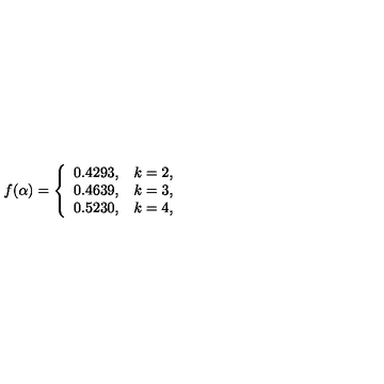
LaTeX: f ( \alpha ) = \left\{ \begin{array} { c c } { 0 . 4 2 9 3 , } & { k = 2 , } \\ { 0 . 4 6 3 9 , } & { k = 3 , } \\ { 0 . 5 2 3 0 , } & { k = 4 , } \\ \end{array} \right.